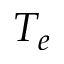
T _ { e }